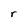
Character: r